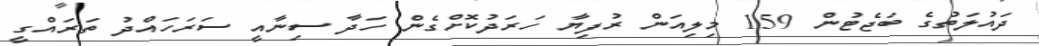
ދައުލަތުގެ ބަޖެޓުން 159 މިލިއަން ރުފިޔާ ހަރަދުކޮށްގެން ހަދާ ސިނާއީ ސަރަހައްދު ތަރައްގީ